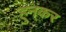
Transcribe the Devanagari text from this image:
हुनकर